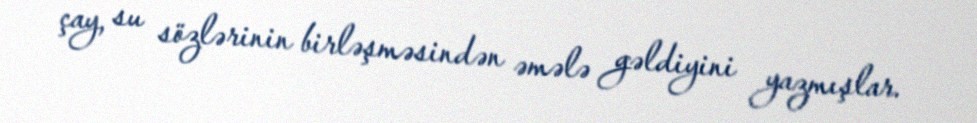
çay, su sözlərinin birləşməsindən əmələ gəldiyini yazmışlar.